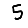
Digit: 5